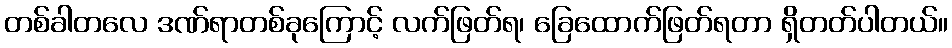
တစ်ခါတလေ ဒဏ်ရာတစ်ခုကြောင့် လက်ဖြတ်ရ၊ ခြေထောက်ဖြတ်ရတာ ရှိတတ်ပါတယ်။